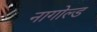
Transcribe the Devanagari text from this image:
नागोल्ड